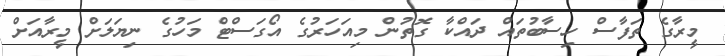
މީރާގެ ތަފާސް ހިސާބުތައް ދައްކާ ގޮތުން މިއަހަރުގެ އޯގަސްޓް މަހުގެ ނިޔަލަށް މީރާއަށް